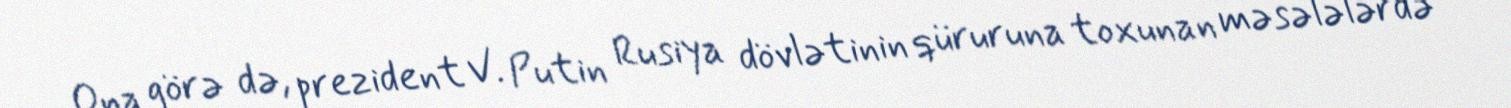
Ona görə də, prezident V. Putin Rusiya dövlətinin qüruruna toxunan məsələlərdə